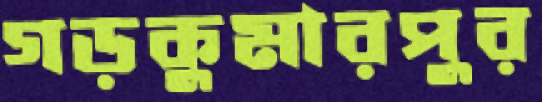
গড়কুমারপুর